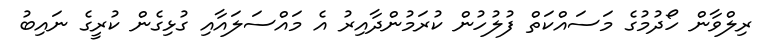
ރިލްވާން ހޯދުމުގެ މަސައްކަތް ފުލުހުން ކުރަމުންދާއިރު އެ މައްސަލައާއި ގުޅިގެން ކުރީގެ ނައިބު